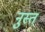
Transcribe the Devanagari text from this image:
नुस्तं